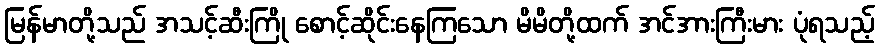
မြန်မာတို့သည် အသင့်ဆီးကြို စောင့်ဆိုင်းနေကြသော မိမိတို့ထက် အင်အားကြီးမား ပုံရသည့်